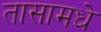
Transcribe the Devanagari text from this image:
तासामधे